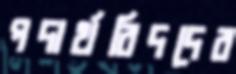
পদার্থবিদদের